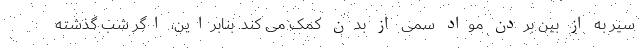
سیر به از بین بردن مواد سمی از بدن کمک می کند. بنابراین، اگر شب گذشته